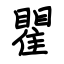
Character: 瞿